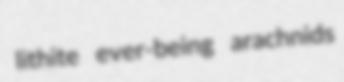
lithite ever-being arachnids